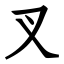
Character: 叉